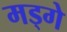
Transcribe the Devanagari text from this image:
मड्गे